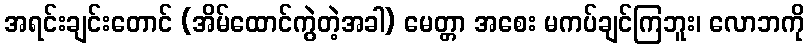
အရင်းချင်းတောင် (အိမ်ထောင်ကွဲတဲ့အခါ) မေတ္တာ အစေး မကပ်ချင်ကြဘူး၊ လောဘကို